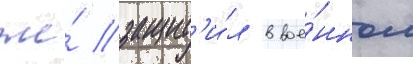
же́ защит'и́л в вое́нном